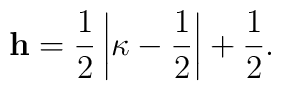
{\bf h}=\frac12\left|\kappa-\frac12\right|+\frac12.